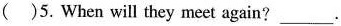
()5.When will they meet again?___.